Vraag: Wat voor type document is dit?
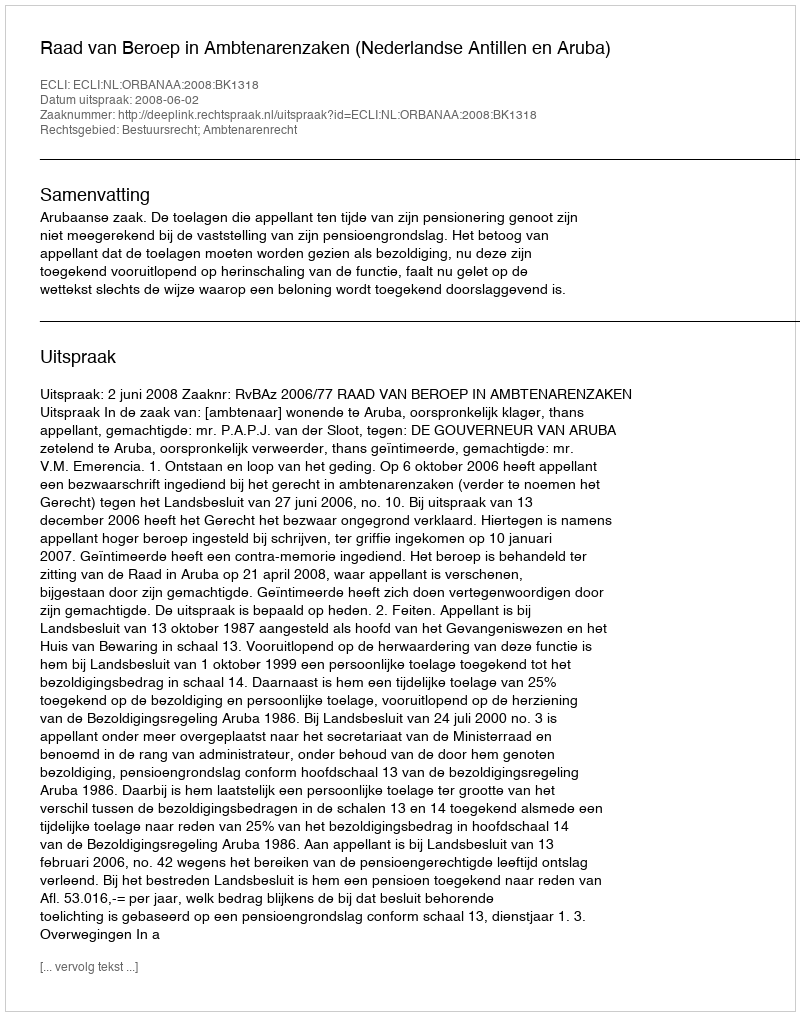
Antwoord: Uitspraak